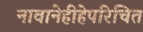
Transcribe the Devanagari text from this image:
नावानेहीहेपरिचित